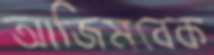
আজিমবেক